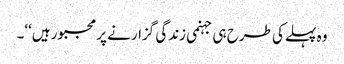
وہ پہلے کی طرح ہی جہنمی زندگی گزارنے پر مجبور ہیں‘‘۔